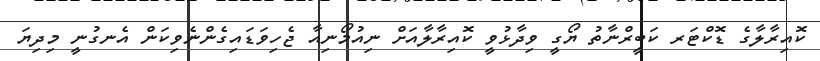
ކޮއިރާލާގެ ޑޮކްޓަރ ކަބީރްނާތު ޔޯގީ ވިދާޅުވީ ކޮއިރާލާއަށް ނިއުމޯނިއާ ޖެހިވަޑައިގެންނެވިކަން އެނގުނީ މިދިޔަ